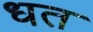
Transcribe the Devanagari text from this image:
धत